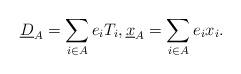
LaTeX: \begin{align*}\underline{D}_{A}=\sum_{i\in A}e_i T_i,\underline{x}_{A}=\sum_{i\in A} e_i x_i.\end{align*}